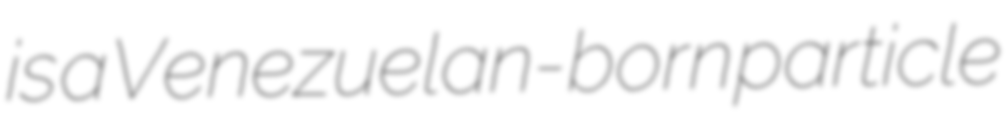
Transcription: is a Venezuelan-born particle